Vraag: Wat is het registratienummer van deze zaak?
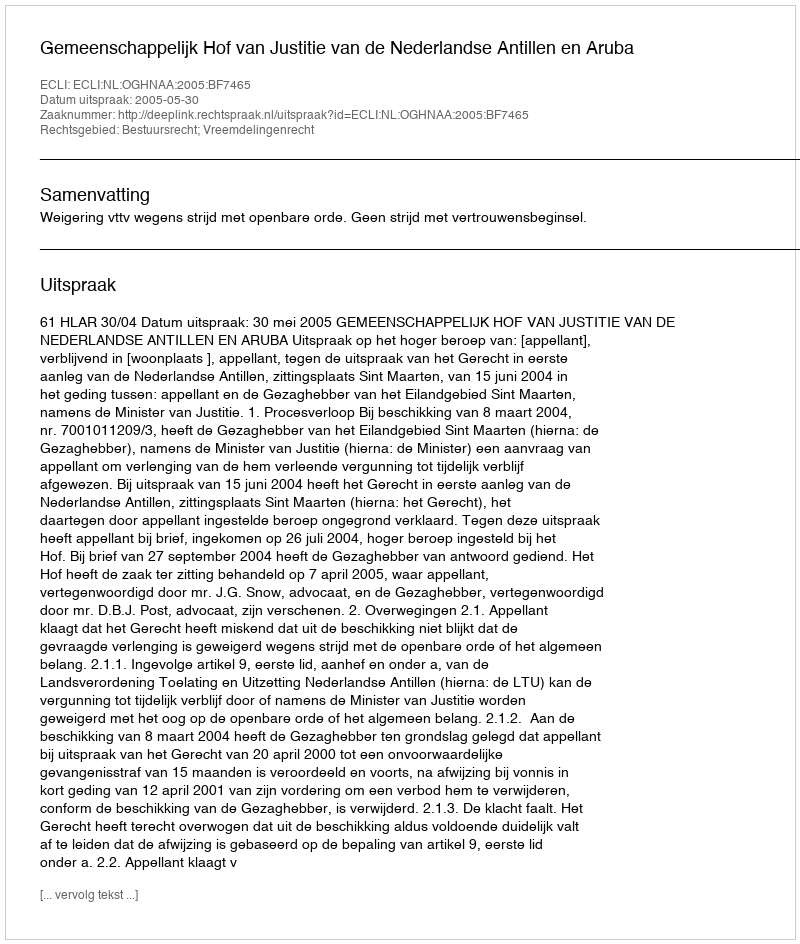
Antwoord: http://deeplink.rechtspraak.nl/uitspraak?id=ECLI:NL:OGHNAA:2005:BF7465